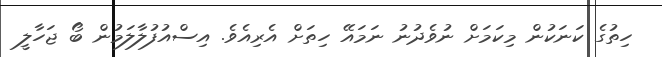
ހިތުގެ ކަނަކުން މިކަމަށް ނުވެދުނު ނަމައޭ ހިތަށް އެރިއެވެ. އިސްއުފުލާލަމުން ބޯ ޖަހާލީ